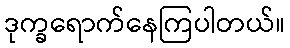
ဒုက္ခရောက်နေကြပါတယ်။